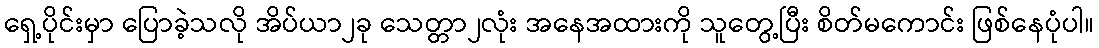
ရှေ့ပိုင်းမှာ ပြောခဲ့သလို အိပ်ယာ၂ခု သေတ္တာ၂လုံး အနေအထားကို သူတွေ့ပြီး စိတ်မကောင်း ဖြစ်နေပုံပါ။